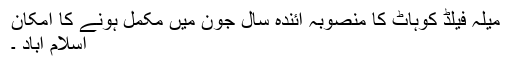
میلہ فیلڈ کوہاٹ کا منصوبہ آئندہ سال جون میں مکمل ہونے کا امکان
اسلام آباد ۔